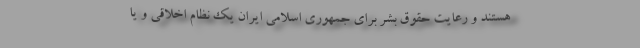
هستند و رعایت حقوق بشر برای جمهوری اسلامی ایران یک نظام اخلاقی و یا